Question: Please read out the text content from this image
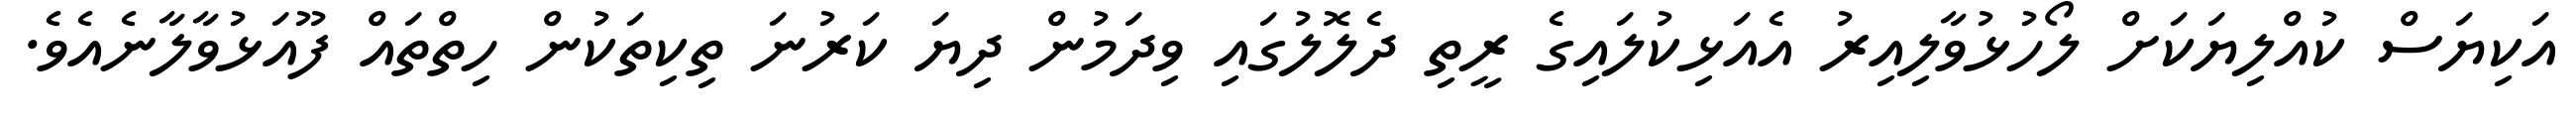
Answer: އަކިޔަސް ކުއްލިޔަކަށް ލޯހުޅުވާލިއިރު އެއަޅިކުލައިގެ ރީތި ދެލޮލުގައި ވިދަމުން ދިޔަ ކަރުނަ ތިކިތަކުން ހިތްތައް ފޫއަޅުވާލާނެއެވެ.